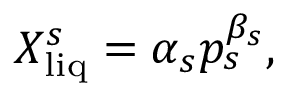
X _ { \mathrm { l i q } } ^ { s } = \alpha _ { s } p _ { s } ^ { \beta _ { s } } ,